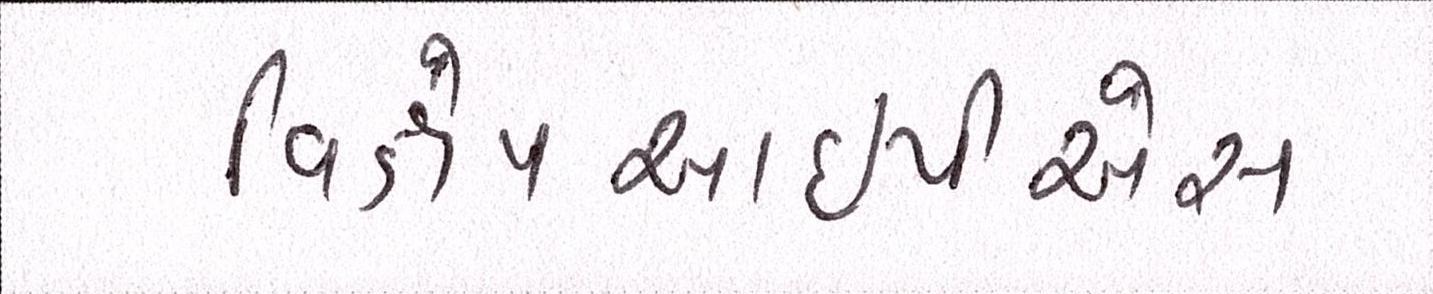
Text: વિક્ષેપઆઇપીએસ